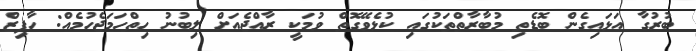
ބުރުގާ އަޅައިގެން ބޮޑެތި މުބާރާތްތަކުގައި ކުޅެވޭގޮތް ވުމަކީ ރާއްޖެއަށް ލިބުނު ހިތްހަމަޖެހުމެއް: ހާފިޒް